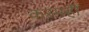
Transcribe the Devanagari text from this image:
करमहीं